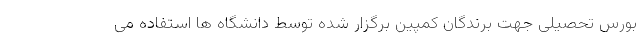
بورس تحصیلی جهت برندگان کمپین برگزار شده توسط دانشگاه ها استفاده می